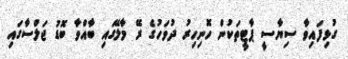
ގުޅިފައިވާ ސިޔާސީ ޕާޓީތަކުން ހޮނިހިރު ދުވަހުގެ ރޭ މާލޭގައި ބާއްވާ ބޮޑު ޖަލްސާގައި